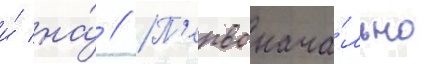
и́ на́ // П'ервонача́льно